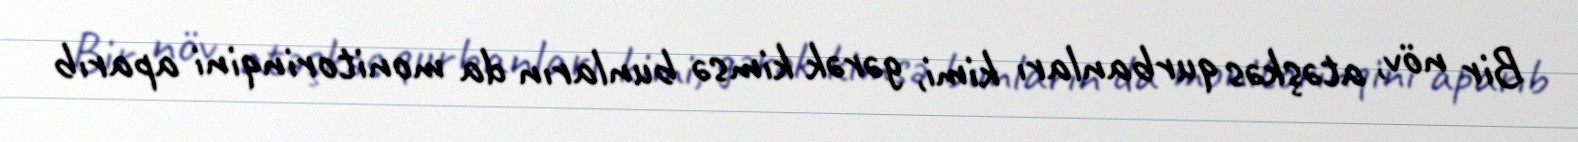
Bir növ, atəşkəs qurbanları kimi, gərək kimsə bunların da monitorinqini aparıb